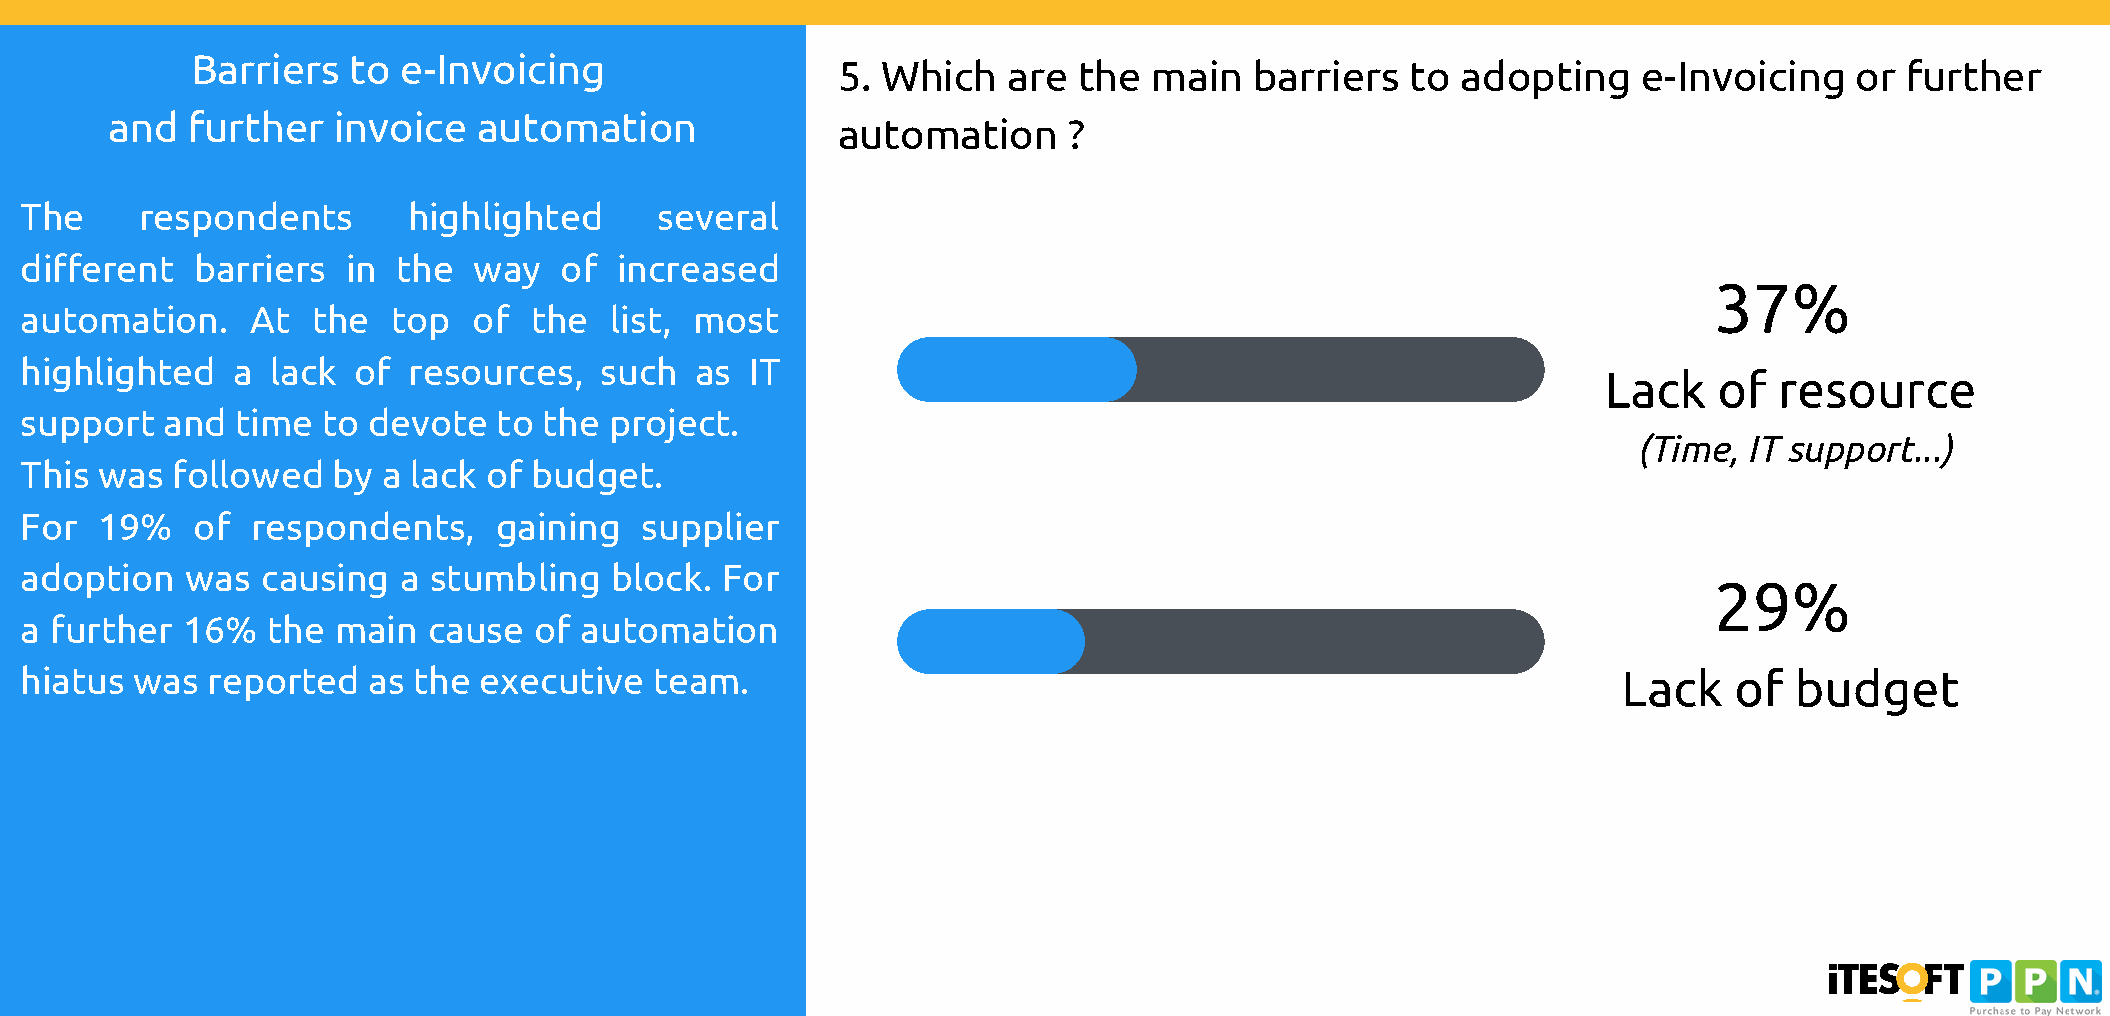
Barriers  to  e-Invoicing
 5. Which    are the  main   barriers  to  adopting    e-Invoicing   or further
 and  further   invoice   automation
 automation      ?
 The     respondents       highlighted     several
 different   barriers  in the  way   of  increased
 37%
 automation.     At  the  top  of  the  list, most
 highlighted   a  lack of  resources,   such  as  IT
 Lack    of  resource
 support   and  time to devote   to the project.
 (Time,  IT support...)
 This was  followed   by a lack of budget.
 For  19%    of  respondents,    gaining  supplier
 adoption   was  causing  a stumbling   block.  For
 29%
 a further  16%   the main  cause  of automation
 hiatus  was  reported  as the  executive  team.                                                           Lack    of  budget